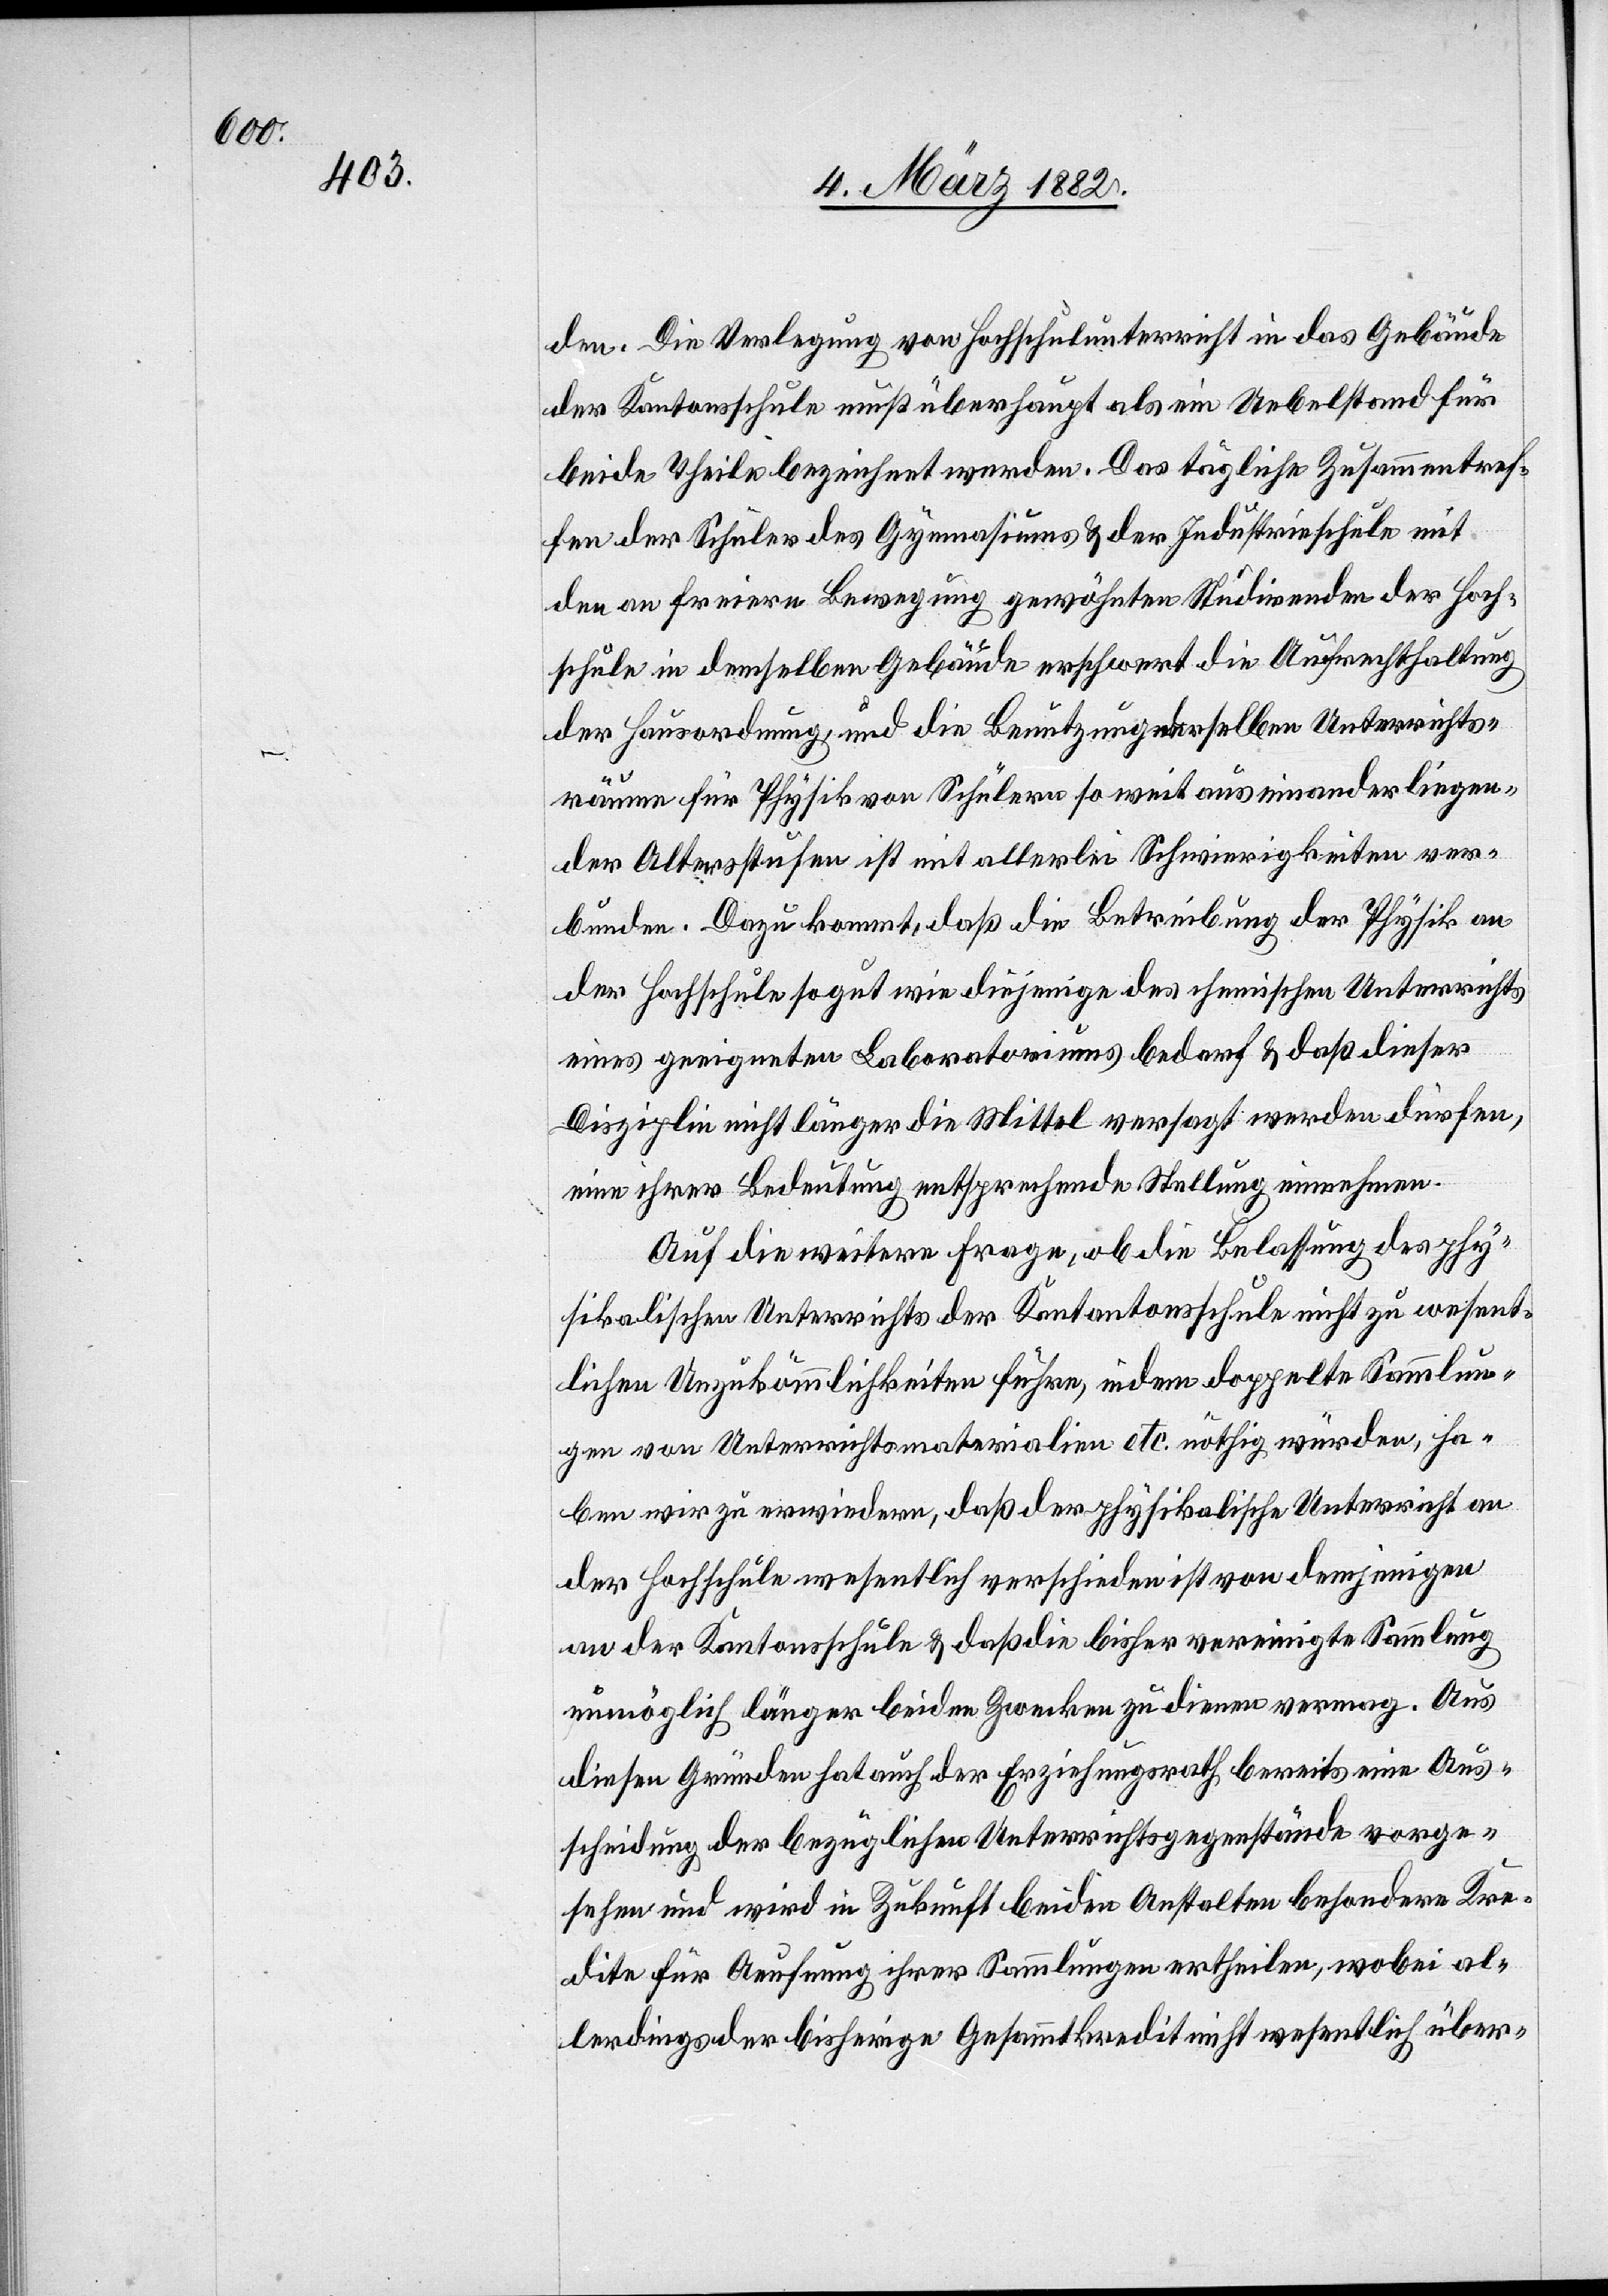
den. Die Verlegung von Hochschulunterricht in das Gebäude
der Kantonsschule muß überhaupt als ein Uebelstand für
beide Theile bezeichnet werden. Das tägliche Zusammentref¬
fen der Schüler des Gymnasiums & der Industrieschule mit
den an freiern Bewegung gewöhnten Studirenden der Hoch¬
schule in demselben Gebäude erschwert die Aufrechterhaltung
der Hausordnung, und die Benutzung derselben Unterrichts¬
räume für Physik von Schülern so weit auseinanderliegen¬
den Altersstufen ist mit allerlei Schwierigkeiten ver¬
bunden. Dazu kommt, daß die Betreibung der Physik an
der Hochschule so gut wie diejenige des chemischen Unterrichts
eines geeigneten Laboratoriums bedarf & daß dieser
Disziplin nicht länger die Mittel versagt werden dürfen,
einen ihrer Bedeutung entsprechende Stellung einnehmen.
Auf die weitere Frage, ob die Belassung des phy¬
sikalischen Unterrichts der Kantonsschule nicht zu wesent¬
lichen Unzukömmlichkeiten führe, indem doppelte Sammlun¬
gen von Unterrichtsmaterialien etc. nöthig würden, ha¬
ben wir zu erwiedern, daß der physikalische Unterricht an
der Hochschule wesentlich verschieden ist von demjenigen
an der Kantonsschule & daß die bisher vereinigte Sammlung
unmöglich länger beider Zwecke zu dienen vermag. Aus
diesen Gründen hat auch der Erziehungsrath bereits eine Aus¬
scheidung der bezüglichen Unterrichtsgegenstände vorge¬
sehen und wird in Zukunft beide Anstalten besondere Kre¬
dite für Aeufnung ihrer Sammlungen ertheilen, wobei al¬
lerdings der bisherige Gesammtkredit nicht wesentlich über-